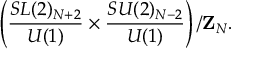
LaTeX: \left( \frac { S L ( 2 ) _ { N + 2 } } { U ( 1 ) } \times \frac { S U ( 2 ) _ { N - 2 } } { U ( 1 ) } \right) / { \bf Z } _ { N } .